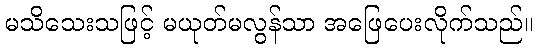
မသိသေးသဖြင့် မယုတ်မလွန်သာ အဖြေပေးလိုက်သည်။